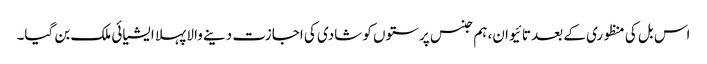
اس بل کی منظوری کے بعد تائیوان، ہم جنس پرستوں کو شادی کی اجازت دینے والا پہلا ایشیائی ملک بن گیا۔